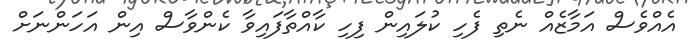
އެއްވެސް އަމާޒެއް ނެތި ފެހި ކުލައިން ފިހި ކާއްތާފައިވާ ކެންވާސް އިން އަހަންނަށް